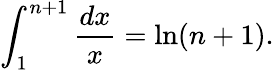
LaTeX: \int_{1}^{n+1}{\frac{dx}{x}}=\ln(n+1).